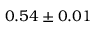
0 . 5 4 \pm 0 . 0 1